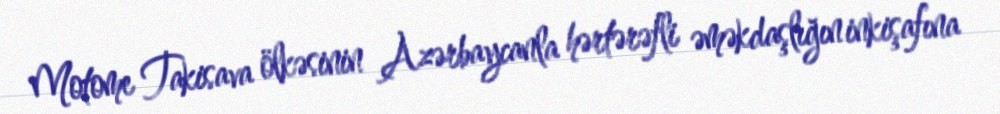
Motome Takisava ölkəsinin Azərbaycanla hərtərəfli əməkdaşlığın inkişafına